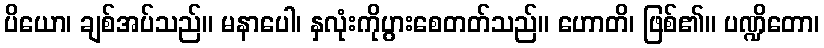
ပိယော၊ ချစ်အပ်သည်။ မနာပေါ၊ နှလုံးကိုပွားစေတတ်သည်။ ဟောတိ၊ ဖြစ်၏။ ပဏ္ဍိတော၊